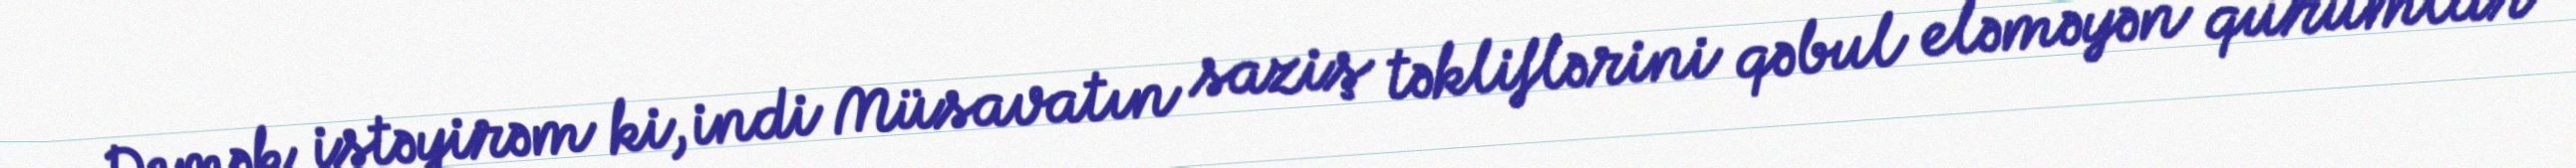
Demək istəyirəm ki, indi Müsavatın saziş təkliflərini qəbul eləməyən qurumlar